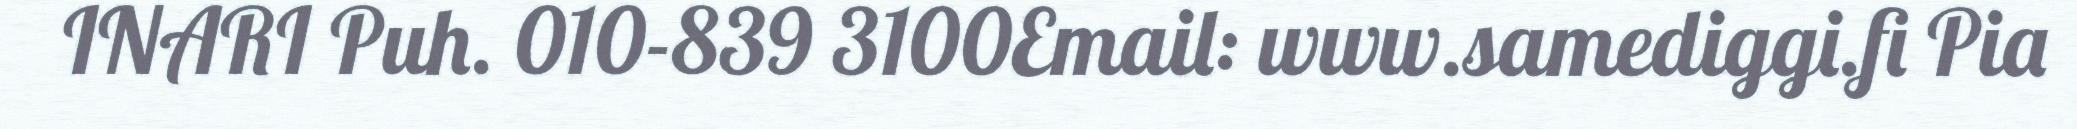
INARI Puh. 010-839 3100Email: www.samediggi.fi Pia